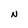
Character: N